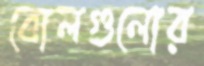
বোলগুলোর